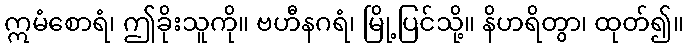
ဣမံစောရံ၊ ဤခိုးသူကို။ ဗဟီနဂရံ၊ မြို့ပြင်သို့။ နိဟရိတွာ၊ ထုတ်၍။